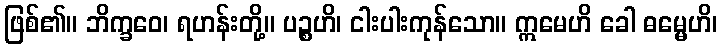
ဖြစ်၏။ ဘိက္ခဝေ၊ ရဟန်းတို့။ ပဉ္စဟိ၊ ငါးပါးကုန်သော။ ဣမေဟိ ခေါ ဓမ္မေဟိ၊